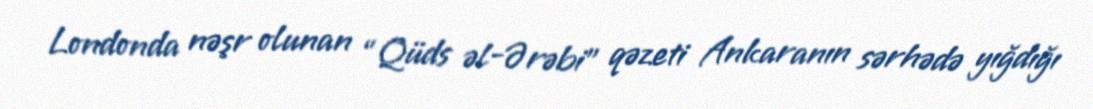
Londonda nəşr olunan “Qüds əl-Ərəbi” qəzeti Ankaranın sərhədə yığdığı